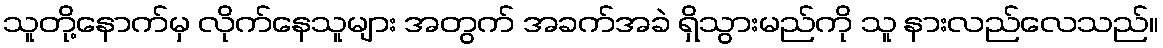
သူတို့နောက်မှ လိုက်နေသူများ အတွက် အခက်အခဲ ရှိသွားမည်ကို သူ နားလည်လေသည်။